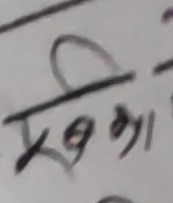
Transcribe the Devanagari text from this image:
खेला